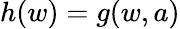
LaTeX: h(w)=g(w,a)